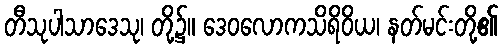
တီသုပါသာဒေသု၊ တို့၌။ ဒေဝလောကသိရိဝိယ၊ နတ်မင်းတို့၏